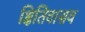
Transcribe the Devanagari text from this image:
क्षितिवासव